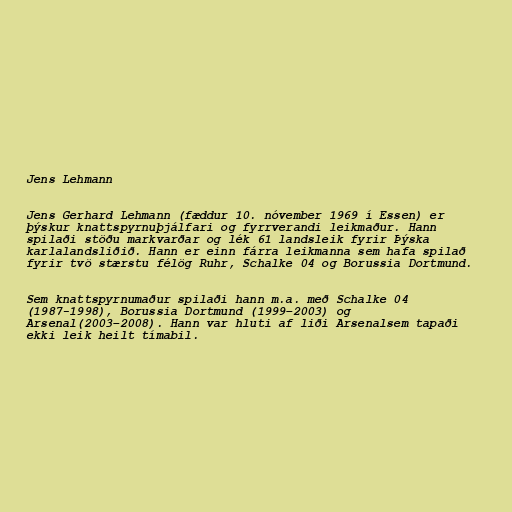
Jens Lehmann

Jens Gerhard Lehmann (fæddur 10. nóvember 1969 í Essen) er
þýskur knattspyrnuþjálfari og fyrrverandi leikmaður. Hann
spilaði stöðu markvarðar og lék 61 landsleik fyrir Þýska
karlalandsliðið. Hann er einn fárra leikmanna sem hafa spilað
fyrir tvö stærstu félög Ruhr, Schalke 04 og Borussia Dortmund.

Sem knattspyrnumaður spilaði hann m.a. með Schalke 04
(1987-1998), Borussia Dortmund (1999–2003) og
Arsenal(2003–2008). Hann var hluti af liði Arsenalsem tapaði
ekki leik heilt tímabil.